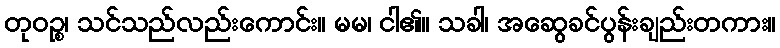
တုဝဉ္စ၊ သင်သည်လည်းကောင်း။ မမ၊ ငါ၏။ သခါ၊ အဆွေခင်ပွန်းချည်းတကား။